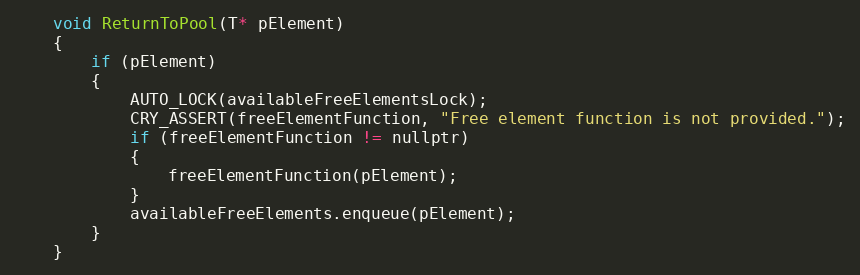
Language: C
	void ReturnToPool(T* pElement)
	{
		if (pElement)
		{
			AUTO_LOCK(availableFreeElementsLock);
			CRY_ASSERT(freeElementFunction, "Free element function is not provided.");
			if (freeElementFunction != nullptr)
			{
				freeElementFunction(pElement);
			}
			availableFreeElements.enqueue(pElement);
		}
	}